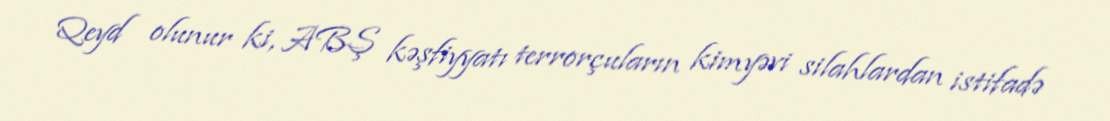
Qeyd olunur ki, ABŞ kəşfiyyatı terrorçuların kimyəvi silahlardan istifadə